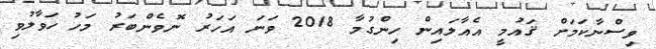
ވިސްނާކަމަށް ޤައުމީ އެއާލައިން ހިންގުމާ 2018 ވަނަ އަހަރު ނޮވެންބަރު މަހު ހަވާލުވި